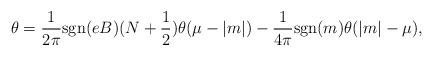
LaTeX: \begin{align*}\theta = \frac{1}{2 \pi} {\rm sgn}(eB) (N + \frac{1}{2})\theta (\mu - |m|) -\frac{1}{4 \pi} {\rm sgn}(m) \theta (|m| - \mu), \end{align*}